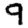
Digit: 9